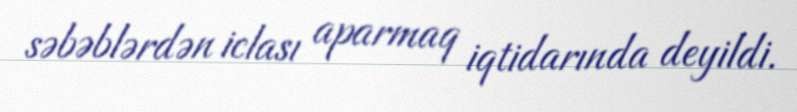
səbəblərdən iclası aparmaq iqtidarında deyildi.